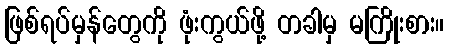
ဖြစ်ရပ်မှန်တွေကို ဖုံးကွယ်ဖို့ တခါမှ မကြိုးစား။